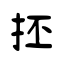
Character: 抷